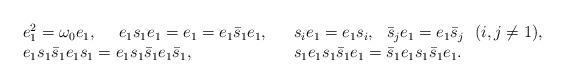
LaTeX: \begin{align*}\begin{array}{lll}e_1^2=\omega_0 e_1,\ \ \ \ e_1s_1e_1=e_1=e_1\bar s_1e_1,&& s_ie_1=e_1s_i,\ \ \bar s_je_1=e_1\bar s_j\ \ (i,j\ne1),\\e_1s_1\bar s_{1} e_1s_{1} = e_1s_1\bar s_1 e_1\bar s_{1},&&s_1e_1s_1\bar s_1 e_1 = \bar s_1 e_1s_1 \bar s_1 e_1.\end{array}\end{align*}